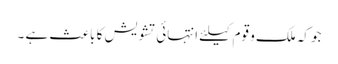
جو کہ ملک و قوم کیلئے انتہائی تشویش کا باعث ہے ۔